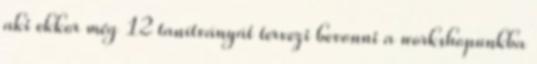
aki ekkor még 12 tanítványát tervezi bevonni a workshopunkba